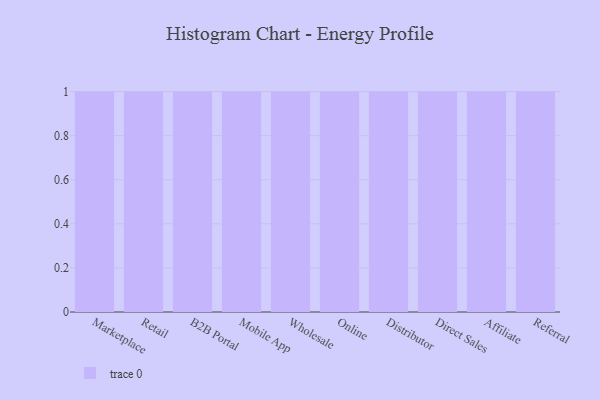
{"axis": {"x": "Channel", "y": "Bounce Rate (%)"}, "legend": [""], "data": [{"x": "Marketplace", "y": 86, "type": ""}, {"x": "Retail", "y": 28, "type": ""}, {"x": "B2B Portal", "y": 70, "type": ""}, {"x": "Mobile App", "y": 88, "type": ""}, {"x": "Wholesale", "y": 48, "type": ""}, {"x": "Online", "y": 10, "type": ""}, {"x": "Distributor", "y": 81, "type": ""}, {"x": "Direct Sales", "y": 81, "type": ""}, {"x": "Affiliate", "y": 45, "type": ""}, {"x": "Referral", "y": 89, "type": ""}]}